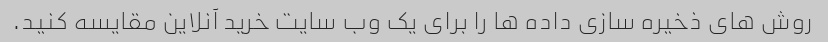
روش های ذخیره سازی داده ها را برای یک وب سایت خرید آنلاین مقایسه کنید.